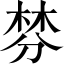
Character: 棼